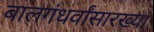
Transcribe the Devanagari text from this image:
बालगंधर्वांसारख्या